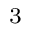
^ 3